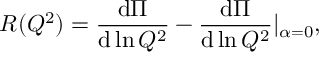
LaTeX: R ( Q ^ { 2 } ) = \frac { \mathrm { d } \Pi } { \mathrm { d } \ln Q ^ { 2 } } - \frac { \mathrm { d } \Pi } { \mathrm { d } \ln Q ^ { 2 } } | _ { \alpha = 0 } ,